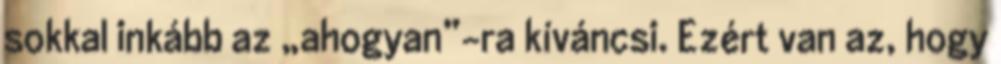
sokkal inkább az „ahogyan”-ra kíváncsi. Ezért van az, hogy